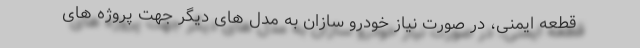
قطعه ایمنی، در صورت نیاز خودرو سازان به مدل های دیگر جهت پروژه های